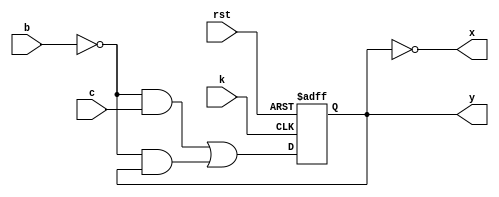
module clb_gf(
	input b,
	input c,
	input k,
	input rst,
	output x,
	output y
);

	wire f, g;
	reg q;
	
	assign f = ~b & c | ~b & q;
	assign g = ~q;
	
	always @(posedge k, negedge rst) begin
		if (rst == 1'b0) begin
			q <= 1'b0;
		end else begin
			q <= f;
		end
	end
	
	assign x = g;
	assign y = q;
	
endmodule